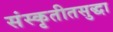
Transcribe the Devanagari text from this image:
संस्कृतीतसुद्धा